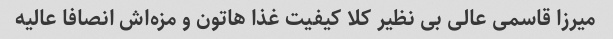
میرزا قاسمی عالی بی نظیر کلا کیفیت غذا هاتون و مزه‌اش انصافا عالیه